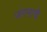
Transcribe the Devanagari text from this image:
जंगमाचे